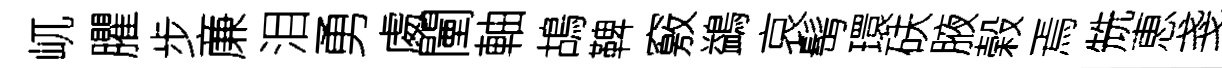
屼臞步亷泪勇䖏闉軸鴣鞞竅鷁哀髩環砆腋榖焉兟恵戔